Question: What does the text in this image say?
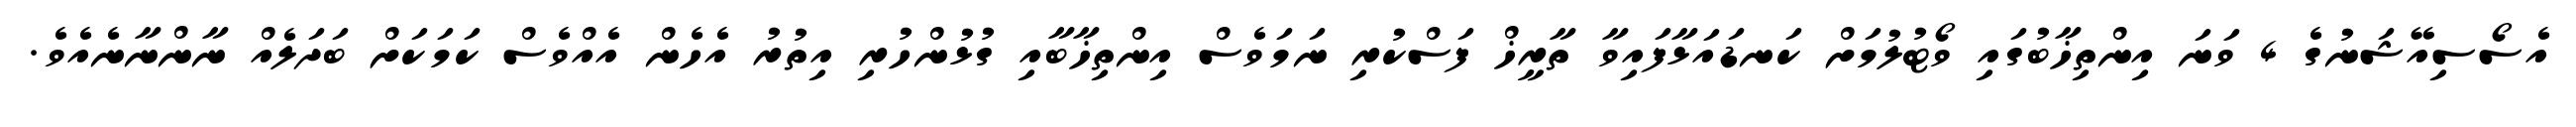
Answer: އެސޯސިއޭޝަނުގެ 4 ވަނަ އިންތިޚާބުގައި ވޯޓުލުމަށް ކަނޑައަޅާފައިވާ ތާރީޚް ފަސްކުރި ނަމަވެސް އިންތިޚާބާއި ގުޅުންހުރި އިތުރު އެހެން އެއްވެސް ކަމަކަށް ބަދަލެއް ނާންނާނެއެވެ.